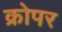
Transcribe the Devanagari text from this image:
क्रोपर